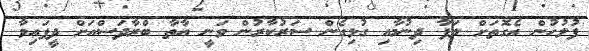
ފުލުހުން އެގޮތަށް ލަފާ ދިނުމާއި ގުޅިގެން ސަރުކާރުން ވަނީ އާތާ ބްރާދަސްއަށް ދީފައިވާ